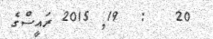
20   :  19